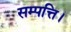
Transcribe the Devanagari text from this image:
सम्पत्ति।